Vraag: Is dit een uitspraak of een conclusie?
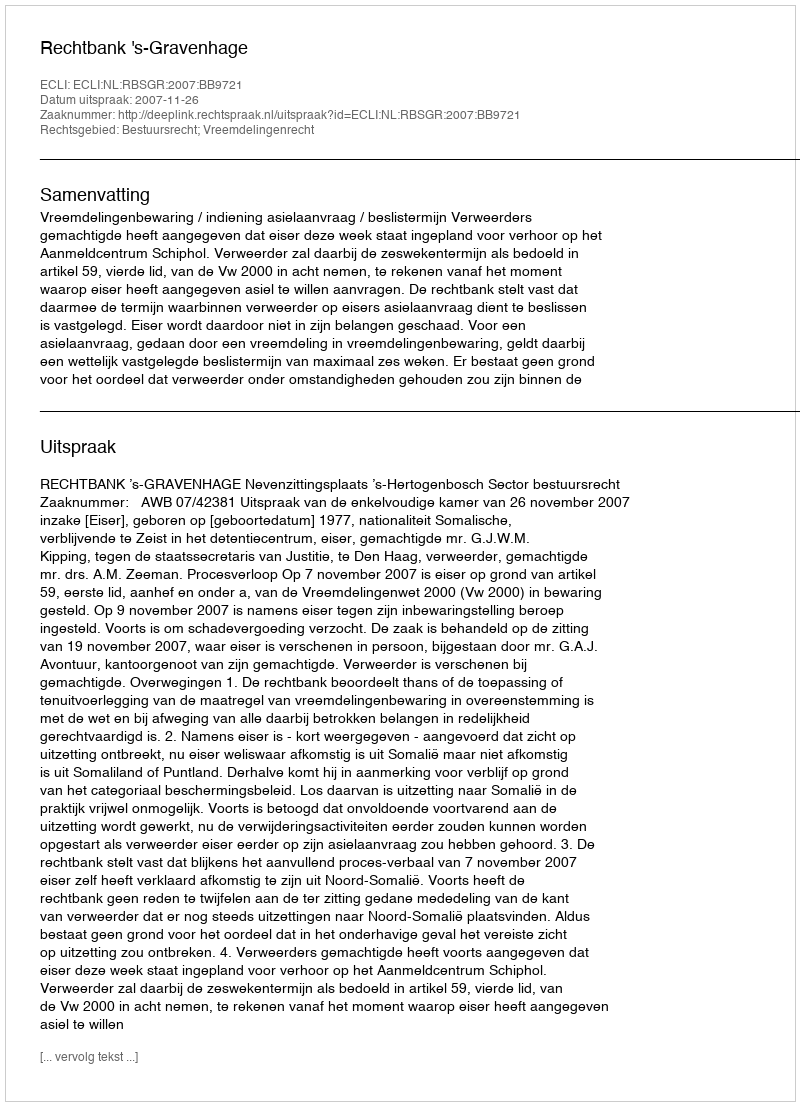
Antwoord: Uitspraak